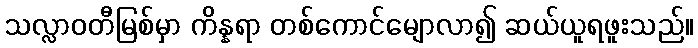
သလ္လာဝတီမြစ်မှာ ကိန္နရာ တစ်ကောင်မျောလာ၍ ဆယ်ယူရဖူးသည်။